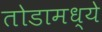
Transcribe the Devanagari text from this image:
तोडामध्ये